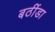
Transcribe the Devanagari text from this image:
बठींडा